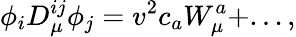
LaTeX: \phi_{i}D_{\mu}^{ij}\phi_{j}=v^{2}c_{a}W_{\mu}^{a}+...,